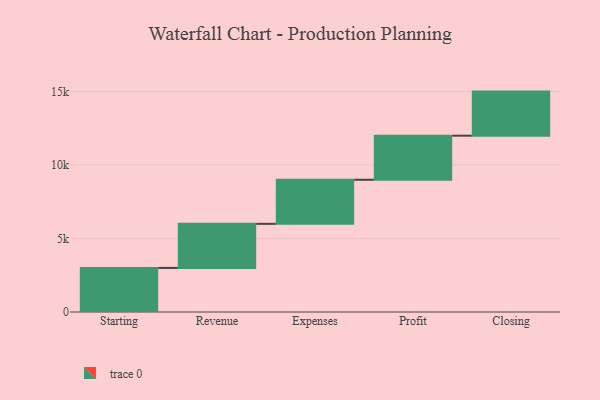
{"axis": {"x": "Step", "y": "Value"}, "legend": [""], "data": [{"x": "Starting", "y": 3000, "type": ""}, {"x": "Revenue", "y": 3000, "type": ""}, {"x": "Expenses", "y": 3000, "type": ""}, {"x": "Profit", "y": 3000, "type": ""}, {"x": "Closing", "y": 3000, "type": ""}]}